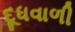
દૂધવાળી